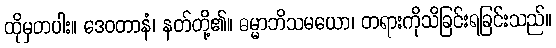
ထိုမှတပါး။ ဒေဝတာနံ၊ နတ်တို့၏။ ဓမ္မာဘိသမယော၊ တရားကိုသိခြင်းရခြင်းသည်။